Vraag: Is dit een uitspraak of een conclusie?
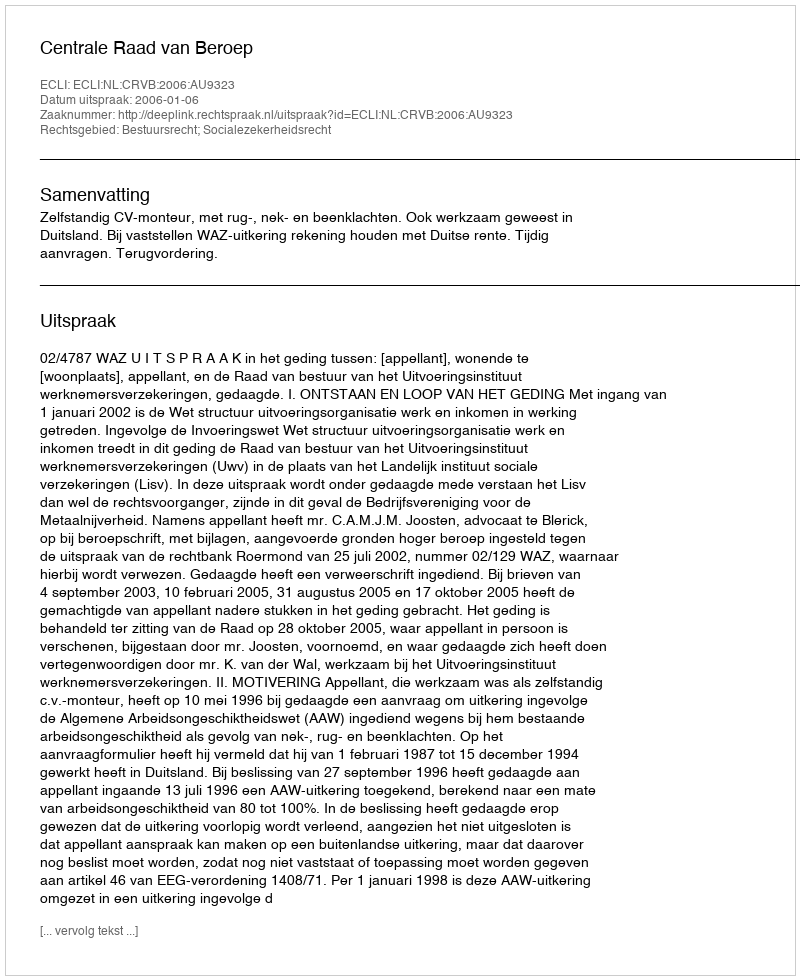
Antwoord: Uitspraak